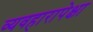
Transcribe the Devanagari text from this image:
व्यवहारापेक्षा